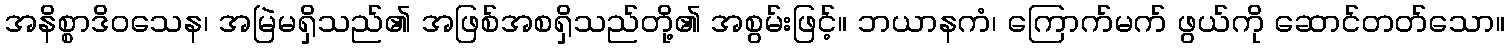
အနိစ္စာဒိဝသေန၊ အမြဲမရှိသည်၏ အဖြစ်အစရှိသည်တို့၏ အစွမ်းဖြင့်။ ဘယာနကံ၊ ကြောက်မက် ဖွယ်ကို ဆောင်တတ်သော။